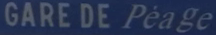
GARE DE Pèage